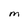
Character: M